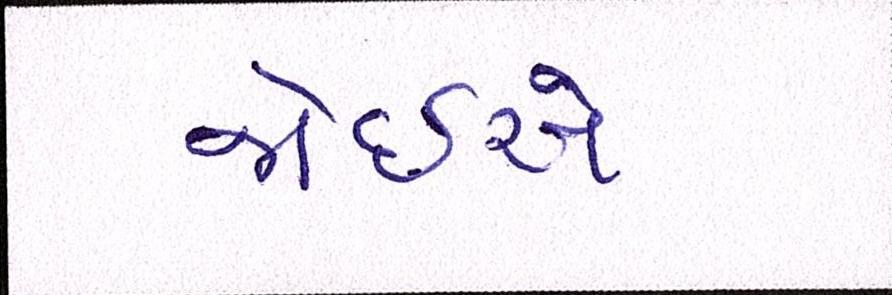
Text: જોઇએ